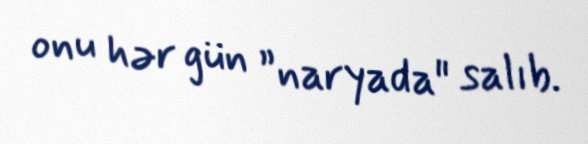
onu hər gün ”naryada" salıb.